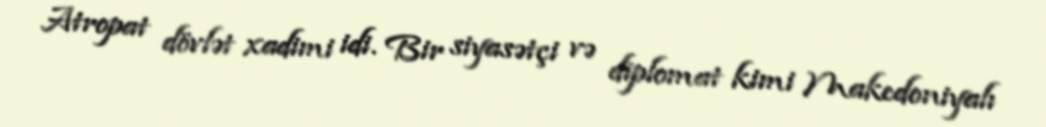
Atropat dövlət xadimi idi. Bir siyasətçi və diplomat kimi Makedoniyalı